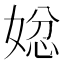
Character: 𭒄